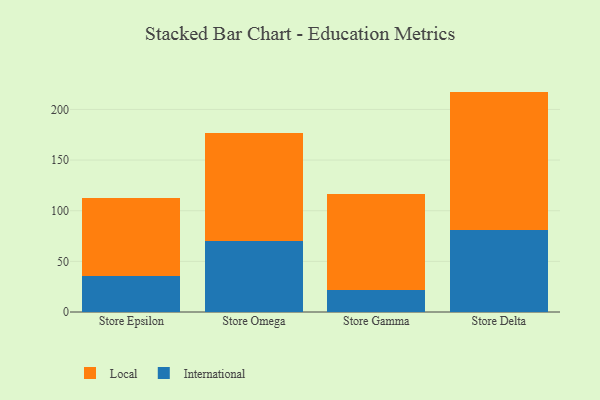
{"axis": {"x": "Store", "y": "Backlog"}, "legend": ["International", "Local"], "data": [{"x": "Store Epsilon", "y": 35.5, "type": "International"}, {"x": "Store Epsilon", "y": 76.6, "type": "Local"}, {"x": "Store Omega", "y": 69.9, "type": "International"}, {"x": "Store Omega", "y": 107.1, "type": "Local"}, {"x": "Store Gamma", "y": 22.0, "type": "International"}, {"x": "Store Gamma", "y": 94.8, "type": "Local"}, {"x": "Store Delta", "y": 81.2, "type": "International"}, {"x": "Store Delta", "y": 136.4, "type": "Local"}]}